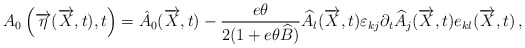
\begin{align*} A_0 \left( \overrightarrow{ \eta} ( \overrightarrow{X},t), t \right) = \hat{A}_0 ( \overrightarrow{X},t)- \frac{e \theta}{ 2(1+e\theta \widehat{B})} \widehat{A}_{l} ( \overrightarrow{X},t)\varepsilon_{kj} \partial_t \widehat{A}_j ( \overrightarrow{X},t)e_{kl} ( \overrightarrow{X},t)\, ,\end{align*}